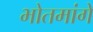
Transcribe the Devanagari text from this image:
भोतमांगे